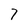
Character: 7